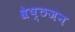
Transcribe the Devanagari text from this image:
श्रेष्‍ठजन